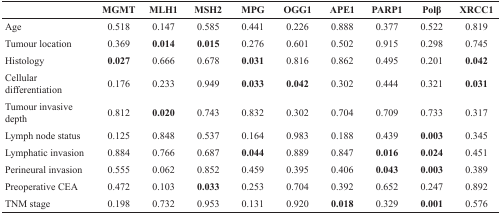
<table><thead><tr><td></td><td><b>MGMT</b></td><td><b>MLH1</b></td><td><b>MSH2</b></td><td><b>MPG</b></td><td><b>OGG1</b></td><td><b>APE1</b></td><td><b>PARP1</b></td><td><b>Polβ</b></td><td><b>XRCC1</b></td></tr></thead><tbody><tr><td><b>Age</b></td><td>0.518</td><td>0.147</td><td>0.585</td><td>0.441</td><td>0.226</td><td>0.888</td><td>0.377</td><td>0.522</td><td>0.819</td></tr><tr><td><b>Tumour location</b></td><td>0.369</td><td><b>0.014</b></td><td><b>0.015</b></td><td>0.276</td><td>0.601</td><td>0.502</td><td>0.915</td><td>0.298</td><td>0.745</td></tr><tr><td><b>Histology</b></td><td><b>0.027</b></td><td>0.666</td><td>0.678</td><td><b>0.031</b></td><td>0.816</td><td>0.862</td><td>0.495</td><td>0.201</td><td><b>0.042</b></td></tr><tr><td><b>Cellular differentiation</b></td><td>0.176</td><td>0.233</td><td>0.949</td><td><b>0.033</b></td><td><b>0.042</b></td><td>0.302</td><td>0.444</td><td>0.321</td><td><b>0.031</b></td></tr><tr><td><b>Tumour invasive depth</b></td><td>0.812</td><td><b>0.020</b></td><td>0.743</td><td>0.832</td><td>0.302</td><td>0.704</td><td>0.709</td><td>0.733</td><td>0.317</td></tr><tr><td><b>Lymph node status</b></td><td>0.125</td><td>0.848</td><td>0.537</td><td>0.164</td><td>0.983</td><td>0.188</td><td>0.439</td><td><b>0.003</b></td><td>0.345</td></tr><tr><td><b>Lymphatic invasion</b></td><td>0.884</td><td>0.766</td><td>0.687</td><td><b>0.044</b></td><td>0.889</td><td>0.847</td><td><b>0.016</b></td><td><b>0.024</b></td><td>0.451</td></tr><tr><td><b>Perineural invasion</b></td><td>0.555</td><td>0.062</td><td>0.852</td><td>0.459</td><td>0.395</td><td>0.406</td><td><b>0.043</b></td><td><b>0.003</b></td><td>0.389</td></tr><tr><td><b>Preoperative CEA</b></td><td>0.472</td><td>0.103</td><td><b>0.033</b></td><td>0.253</td><td>0.704</td><td>0.392</td><td>0.652</td><td>0.247</td><td>0.892</td></tr><tr><td><b>TNM stage</b></td><td>0.198</td><td>0.732</td><td>0.953</td><td>0.131</td><td>0.920</td><td><b>0.018</b></td><td>0.329</td><td><b>0.001</b></td><td>0.576</td></tr></tbody></table>